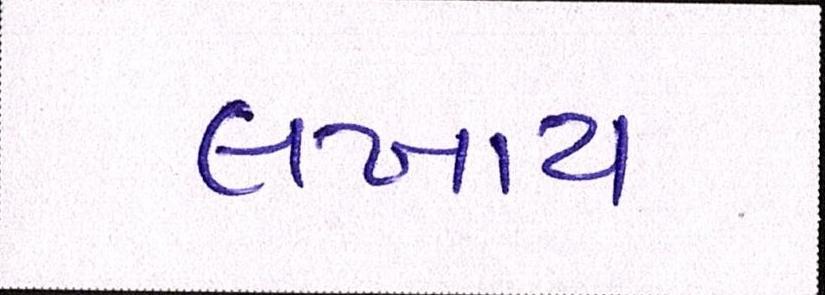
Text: લખાય